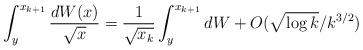
LaTeX: \begin{align*}\int_{y}^{x_{k+1}} \frac{dW(x)}{\sqrt{x}} = \frac{1}{\sqrt{x_k}}\int_{y}^{x_{k+1}}dW +O(\sqrt{\log k}/k^{3/2})\end{align*}